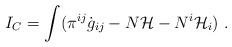
LaTeX: \begin{align*}I_C = \int ( \pi^{ij} \dot{g}_{ij} - N {\cal H} -N^{i}{\cal H}_i) \ .\end{align*}